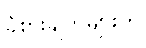
ခံစားချက်များကို